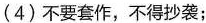
(4)不要套作，不得抄袭；